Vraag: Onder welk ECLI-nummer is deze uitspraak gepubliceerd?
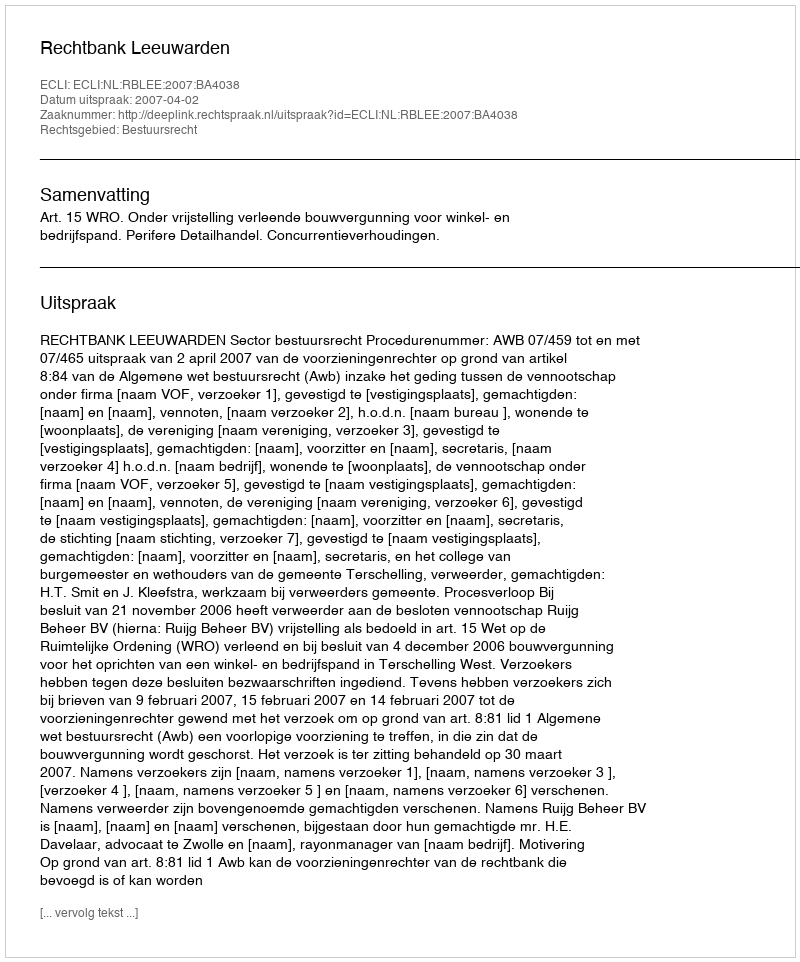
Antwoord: ECLI:NL:RBLEE:2007:BA4038